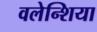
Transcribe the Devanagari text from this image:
वलेन्शिया